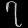
Digit: ၇